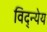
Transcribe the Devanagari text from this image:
विद्न्येय